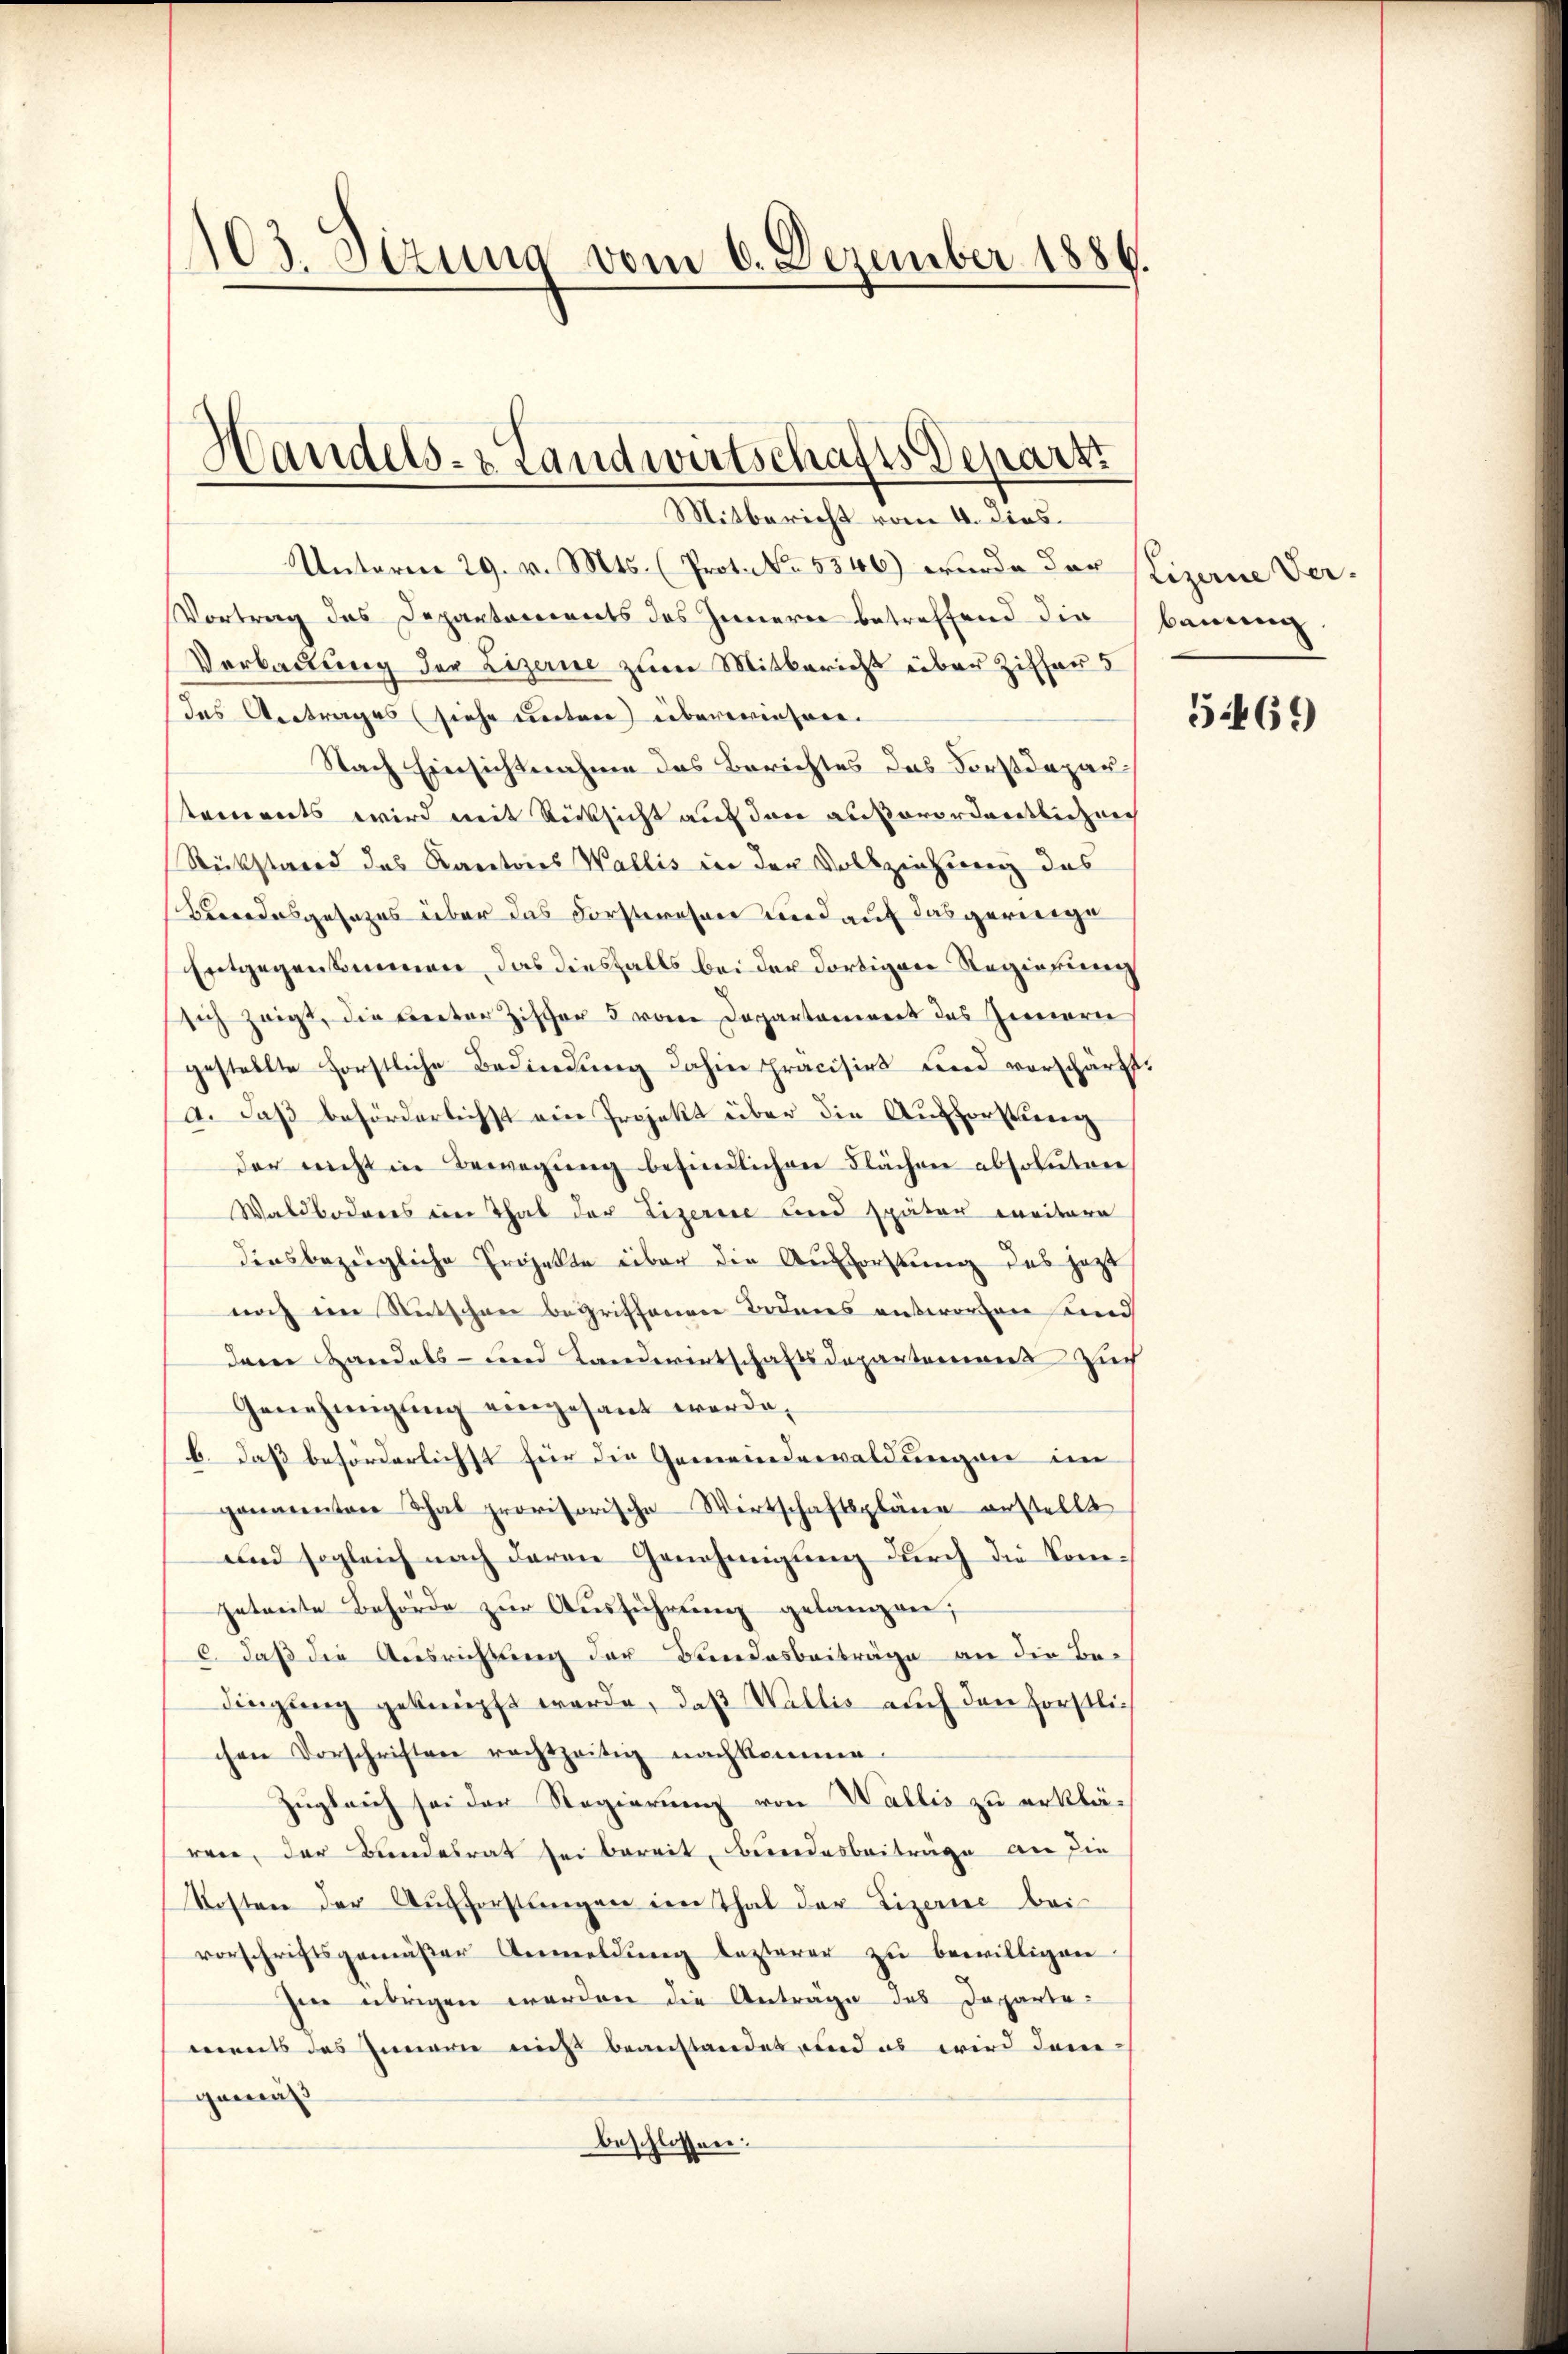
103. Sizung vom 6. Dezember 1886.

Handels- & Landwirtschafts Depart
Mitbericht vom 4. dies

Unterm 29. v. Mts. (Prot. No. 5346) wurde der Stizene Ver¬
Vortrag des Departements des Innern betreffend die Bauung
Verbauung der Lizerne zum Mitbericht über Ziffaus
das Antrages (siehe unter überwiesen.
Nach Einsichtnahme des Berichtes des Forstdepar
staments wird mit Rücksicht auf den außerordentlichen
Rückstand das Kantones Wallis in der Vollzeichtung des
Brodesgesezes über das Forstwesen und auf das geringe
Entgegenkommen das diesfalls bei der dortigen Regierung
sich zeigt, die Freiter Ziffer 5 von Dopantonereit des Zimern
gestellte förstliche Bedindŭng dahin präcisirt und vorschärft.
a. Daß beförderlichst ein Projekt über die Aufforstung
der nicht in Bewegung befindlichen Flächen absoluten
Waldboderes ein That der Lizerise und später ereitere
diesbezügliche Projekte über die Aufforstung des jezt
noch im Rutschen begriffenen Bodenes entworten und
dem Handels- und Landwertschaftsdepartemenzuch
Genehmigŭng eingesant werde,
b. daß beförderlichst für die Gemeindewaldungen im
genannten Thal provisorische Wirtschaftspläne erstellt
und sogleich nach deren Genehmigung durch die Comgetreite Behörde zur Ausführung gelangen,
6. daß die Ausrichtung der Bundesbeiträge an die Be-
dingung geknüpft werde, daß Wallis auch den hörstlich
chen Vorschriften rechtzeitig nachkomme.
Zugleich sei der Regierung von Wallis zu erklären, der Bundesrat sei bereit, Bundesbeiträge an die
Kosten der Aufforstungen im Thal der Lizerne bei
vorschriftsgemäßer Anmeldung lezterer zu bewilligen.
hen übrigen worden die Anträge des Departements das Innern nicht beanstandet und es wird dene
gemäß
beschlossen:

5469